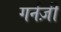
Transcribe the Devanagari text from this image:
गर्नज़ी